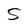
Character: S